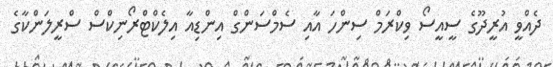
ދެއްވީ އުރީދޫގެ ސީއީސޯ ވިކްރަމް ސިންހަ އާއި ސެމްސަންގް އިންޑިއާ އިލެކްޓްރޯނިކްސް ސްރީލަންކާގެ